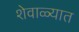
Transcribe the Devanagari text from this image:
शेवाळ्यात